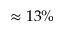
\approx 1 3 \%